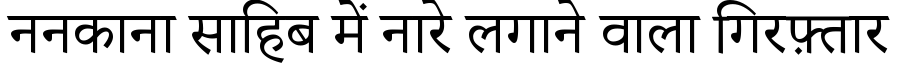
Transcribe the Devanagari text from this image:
ननकाना साहिब में नारे लगाने वाला गिरफ़्तार